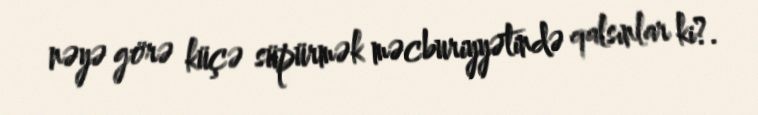
nəyə görə küçə süpürmək məcburiyyətində qalsınlar ki?.